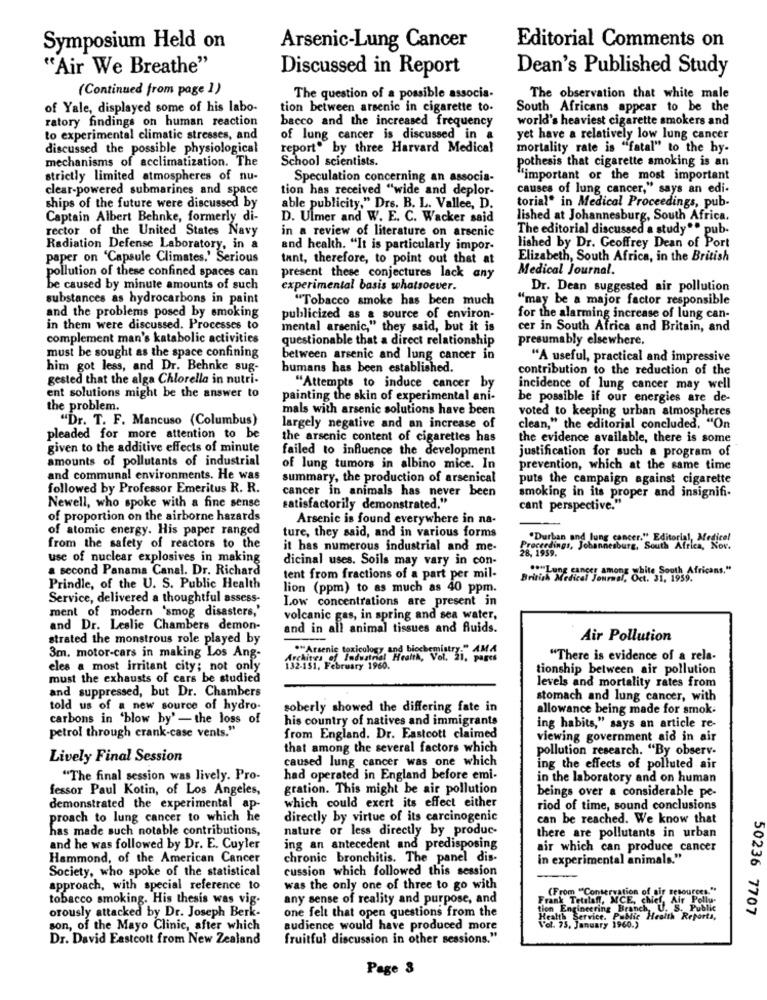
Symposium Held on
Arsenic-Lung Cancer
Editorial Comments on
"Air We Breathe"
Discussed in Report
Dean's Published Study
(Continued from page 1)
The question of a possible associa-
The observation that white male
of Yale, displayed some of his labo-
tion between arsenic in cigarette to.
South Africans appear to be the
ratory findings on human reaction
bacco and the increased frequency
world's heaviest cigarette smokers and
to experimental climatic stresses, and
of lung cancer is discussed in a
yet have a relatively low lung cancer
discussed the possible physiological
report" by three Harvard Medical
mortality rate is "fatal" to the hy-
mechanisms of acclimatization. The
School scientists.
pothesis that cigarette smoking is an
strictly limited atmospheres of nu-
Speculation concerning an associa-
"important or the most important
clear-powered submarines and space
tion has received "wide and deplor-
causes of lung cancer," says an edi-
torial" in Medical Proceedings, pub-
ships of the future were discussed by
able publicity," Drs. B. L. Vallee, D.
Captain Albert Behnke, formerly di-
D. Ulmer and W. E. C. Wacker said
lished at Johannesburg, South Africa.
rector of the United States Navy
in a review of literature on arsenic
The editorial discussed a study ** pub-
Radiation Defense Laboratory, in a
and health. "It is particularly impor-
lished by Dr. Geoffrey Dean of Port
paper on 'Capsule Climates.' Serious
tant, therefore, to point out that at
Elizabeth, South Africa, in the British
Medical Journal.
pollution of these confined spaces can
present these conjectures lack any
be caused by minute amounts of such
experimental basis whatsoever.
Dr. Dean suggested air pollution
substances as hydrocarbons in paint
"Tobacco smoke has been much
"may be a major factor responsible
and the problems posed by smoking
publicized as a source of environ-
for the alarming increase of lung can-
in them were discussed. Processes to
mental arsenic," they said, but it is
cer in South Africa and Britain, and
complement man's katabolic activities
questionable that a direct relationship
presumably elsewhere.
must be sought as the space confining
between arsenic and lung cancer in
"A useful, practical and impressive
him got less, and Dr. Behnke sug-
humans has been established.
contribution to the reduction of the
gested that the alga Chlorella in nutri-
"Attempts to induce cancer by
incidence of lung cancer may well
ent solutions might be the answer to
painting the skin of experimental ani-
be possible if our energies are de-
the problem.
mals with arsenic solutions have been
voted to keeping urban atmospheres
"Dr. T. F. Mancuso (Columbus)
largely negative and an increase of
clean," the editorial concluded, "On
pleaded for more attention to be
the arsenic content of cigarettes has
the evidence available, there is some
given to the additive effects of minute
failed to influence the development
justification for such a program of
amounts of pollutants of industrial
of lung tumors in albino mice. In
prevention, which at the same time
and communal environments. He was
summary, the production of arsenical
puts the campaign against cigarette
followed by Professor Emeritus R. R.
cancer in animals has never been
smoking in its proper and insignifi-
Newell, who spoke with a fine sense
satisfactorily demonstrated."
cant perspective."
of proportion on the airborne hazards
Arsenic is found everywhere in na-
of atomic energy. His paper ranged
ture, they said, and in various forms
Durban
from the safety of reactors to the
it has numerous industrial and me-
Proceedings, Johannesburg, South Africa, Nov.
28, 1959.
use of nuclear explosives in making
dicinal uses. Soils may vary in con-
a second Panama Canal. Dr. Richard
"Lung cancer among white South Africans."
tent from fractions of a part per mil-
Nical Journal,
1. 31, 1959.
Prindle, of the U. S. Public Health
lion (ppm) to as much as 40 ppm.
Service, delivered a thoughtful assess-
Low concentrations are present in
ment of modern 'smog disasters,'
volcanic gas, in spring and sea water,
and Dr. Leslie Chambers demon-
and in all animal tissues and fluids.
strated the monstrous role played by
Air Pollution
3m. motor-cars in making Los Ang-
rchines of Industrial Health, VOL. Ii. AMA
"There is evidence of a rela-
eles a most irritant city; not only
132-151, February 1960.
tionship between air pollution
must the exhausts of cars be studied
and suppressed, but Dr. Chambers
levels and mortality rates from
stomach and lung cancer, with
told us of a new source of hydro-
soberly showed the differing fate in
allowance being made for smok.
carbons in 'blow by' - the loss of
his country of natives and immigrants
petrol through crank-case vents."
ing habits," says an article re-
from England. Dr. Eastcott claimed
viewing government aid in air
that among the several factors which
pollution research. "By observ-
Lively Final Session
caused lung cancer was one which
ing the effects of polluted air
"The final session was lively. Pro-
had operated in England before emi-
in the laboratory and on human
fessor Paul Kotin, of Los Angeles,
gration. This might be air pollution
beings over a considerable pe-
demonstrated the experimental ap-
which could exert its effect either
riod of time, sound conclusions
proach to lung cancer to which he
directly by virtue of its carcinogenic
can be reached. We know that
has made such notable contributions,
nature or less directly by produc-
there are pollutants in urban
and he was followed by Dr. E. Cuyler
ing an antecedent and predisposing
air which can produce cancer
Hammond, of the American Cancer
chronic bronchitis. The panel dis-
in experimental animals."
Society, who spoke of the statistical
cussion which followed this session
approach, with special reference to
was the only one of three to go with
(From "Conservation of air sesources."
tobacco smoking. His thesis was vig.
any sense of reality and purpose, and
Frank Tetalaff, MCE, chief, Air Pollu-
orously attacked by Dr. Joseph Berk-
one felt that open questions from the
ion Engineering Branch,
50236 7707
th Service. Pablo
ie Health Reports,
son, of the Mayo Clinic, after which
audience would have produced more
Vol. 75, January 1960.)
Dr. David Eastcott from New Zealand
fruitful discussion in other sessions."
Page 3